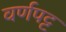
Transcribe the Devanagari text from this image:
वर्णपट्ट